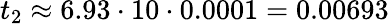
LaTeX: t_{2}\approx 6.93\cdot 10\cdot 0.0001=0.00693